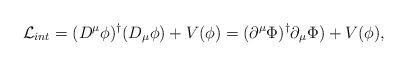
LaTeX: \begin{align*}{\cal L}_{int}= (D^\mu\phi)^\dagger(D_\mu\phi) + V(\phi)=(\partial^\mu\Phi)^\dagger\partial_\mu\Phi) + V(\phi),\end{align*}